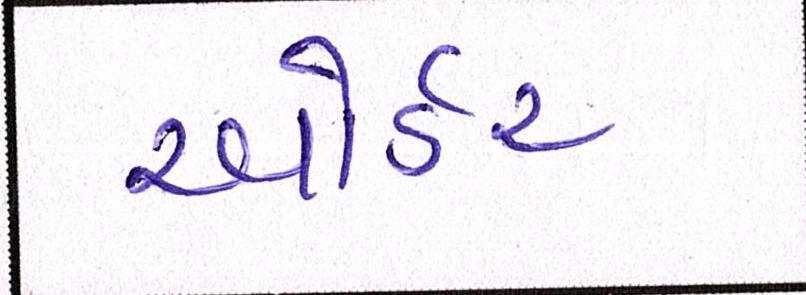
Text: ઓર્ડર